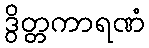
ဒွိတ္တကာရဏံ